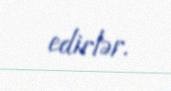
edirlər.